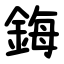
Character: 鋂